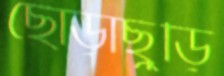
ছোঁড়াছুঁড়ি